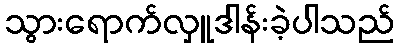
သွားရောက်လှူဒါန်းခဲ့ပါသည်